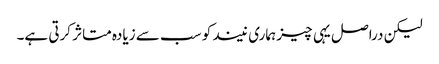
لیکن دراصل یہی چیز ہماری نیند کو سب سے زیادہ متاثر کرتی ہے۔